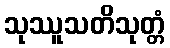
သုဿူသတိသုတ္တံ